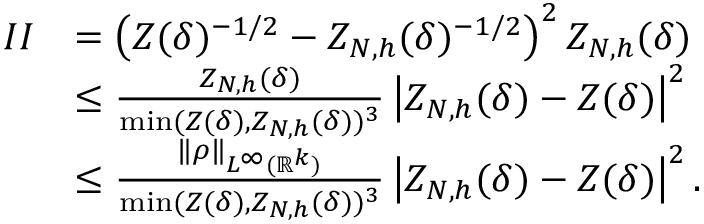
\begin{array} { r l } { I I } & { = \left( Z ( \delta ) ^ { - 1 / 2 } - Z _ { N , h } ( \delta ) ^ { - 1 / 2 } \right) ^ { 2 } Z _ { N , h } ( \delta ) } \\ & { \le \frac { Z _ { N , h } ( \delta ) } { \operatorname* { m i n } ( Z ( \delta ) , Z _ { N , h } ( \delta ) ) ^ { 3 } } \left| Z _ { N , h } ( \delta ) - Z ( \delta ) \right| ^ { 2 } } \\ & { \le \frac { \| \rho \| _ { L ^ { \infty } ( \mathbb { R } ^ { k } ) } } { \operatorname* { m i n } ( Z ( \delta ) , Z _ { N , h } ( \delta ) ) ^ { 3 } } \left| Z _ { N , h } ( \delta ) - Z ( \delta ) \right| ^ { 2 } . } \end{array}